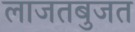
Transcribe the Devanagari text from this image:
लाजतबुजत